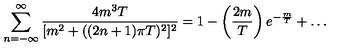
\sum _ { n = - \infty } ^ { \infty } \frac { 4 m ^ { 3 } T } { [ m ^ { 2 } + ( ( 2 n + 1 ) \pi T ) ^ { 2 } ] ^ { 2 } } = 1 - \left( \frac { 2 m } { T } \right) e ^ { - \frac { m } { T } } + \dots